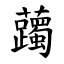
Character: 䕽